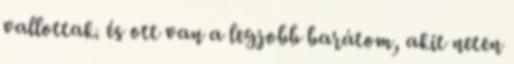
vallottak. és ott van a legjobb barátom, akit neten